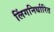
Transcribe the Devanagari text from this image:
लिंगनिर्धारित